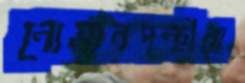
নোমানপন্থীরা